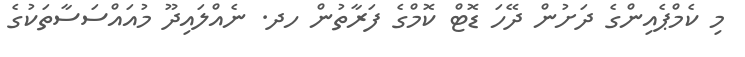
މި ކެމްޕެއިންގެ ދަށުން ދޭހަ ޑޮޓް ކޮމްގެ ފަރާތުން ހދ. ނެއްލައިދޫ މުއައްސަސާތަކުގެ